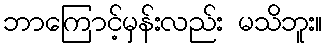
ဘာကြောင့်မှန်းလည်း မသိဘူး။